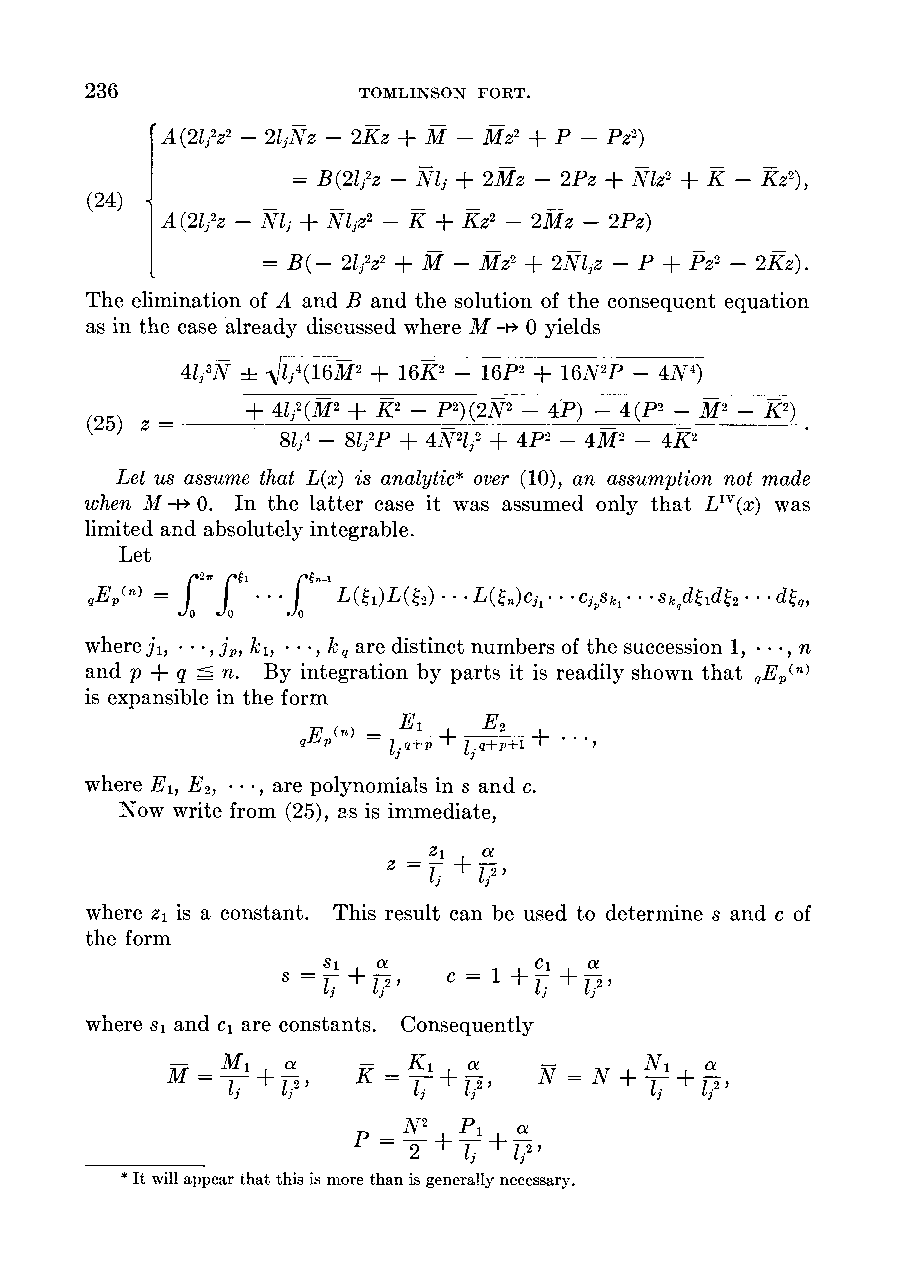
236               TOMLINSON FORT.
 A(21j2z2- 21jNz - 2Kz + M - MZ2 + P - Pz2)
 |24          B(21j2z -Nlj + 2Mz - 2Pz + Niz2 + K -Kz2)
 (24) A(21j2z -Nlj + Nljz2- K + KZ2 - 2Mz - 2Pz)
 = B(- 21j2Z2 + M - MZ2 + 2Nljz - P + PZ2 - 2Kz).
 The elimination of A and B and the solution of the consequent equation
 as in the case already discussed where M -i* 0 yields
 41j3W? \/j4(16M2 + 16K2 -16P2 + 16N2P -4N4)
 (25) z =  + 41j2(M2 + K2 - P2)(2N2 - 4p) =4(P2 -M2 2)
 8lj4 - 81j2P + 4N2lj2 + 4p2 - 4M2 - 4K2
 Let us assume that L(x) is analytic* over (10), an assumption not made
 when M -i- 0. In the latter case it was assumed only that LIV(x) was
 limited and absolutely integrable.
 Let
 qEp~(nn)) =     L(41)L(%2) * L((n)cjl ... CjPSk1 Skqdildi2 dgq,
 where]1, ***, jp, k1, ***, kq are distinct numbers of the succession 1, ** , n
 and p + q _ n. By integration by parts it is readily shown that qEp( n
 is expansible in the form
 qEqpp(n~in) =E- ;(+P +Iq -E2+ + ..
 ljq+p jq+p++
 where E1, E2, ** , are polynomials in s and c.
 Now write from (25), as is immediate,
 Z Z1 aa e
 z = i +j2 l
 where z1 is a constant. This result can be used to determine s and c of
 the form
 5l  a         C1  a
 S =1 +12   c = 1 +I- +12
 where si and c1 are constants. Consequently
 M   M1 l1 + 1a 2 K- = K-,I l+ lao 2 N-N 1= Nf + N- + a
 N2 Pi  a
 ws         p     +  + nee
 *It will appear that this is more than is generallyn ecessary.